Report on vaccination in Madras 1922-1929 - 1922-1929
Year: 1922
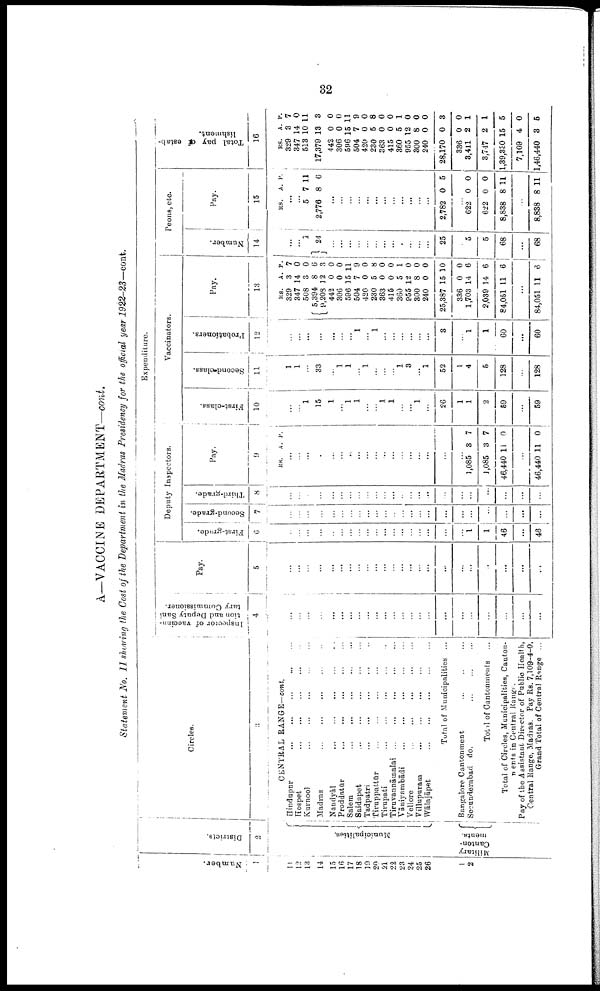
32
A—VACCINE DEPARTMENT—cont.
Statement No. II showing the Cost of the Department in the Madras Presidency for the official year 1922-23—cont.
Number.
1
11
12
13
14
15
16
17
18
19
20
21
22
23
24
25
26
1
2
Districts.
2
Municipalities.
Military
Canton
ments.
Circles.
3
CENTRAL RANGE—cont.
Hindupur ... ... ... ... ... ...
Hospet
...
...
...
...
...
Karnool
...
...
...
...
...
Madras
...
...
...
...
...
Nandyāl ... ... ... ... ...
Proddatūr ... ... ... ... ...
Salem
...
...
...
...
...
Saidapet ... ... ... ... ...
Tadpatri ... ... ... ... ...
Tiruppattūr
...
...
...
...
Tirupati ... ... ... ... ...
Tiravannāmalai ... ... ... ... ...
Vāniyambādi ... ... ... ... ...
Vellore
...
...
...
...
...
Villupuram ... ... ... ... ...
Walajāpet
...
...
...
...
...
Total of Municipalities ...
Bangalore Cantonment ... ... ...
Secunderabad do.
...
...
...
Total of Cantonments ...
Total of Circles, Municipalities, Canton¬
nments in Central Range.
Pay of the Assistant Director of Public Health,
Central Range, Madras. Pay Rs. 7,109-4-0.
Grand Total of Central Range ...
Expenditure.
Inspector of vaccina¬
tion and Deputy Sani¬
tary Commissioner.
4
...
...
...
...
...
...
...
...
...
...
...
...
...
...
...
...
...
...
...
...
...
...
...
Pay.
5
...
...
...
...
...
...
...
...
...
...
...
...
...
...
...
...
...
...
...
...
...
...
...
Deputy Inspectors.
First-grade.
6
...
...
...
...
...
...
...
...
...
...
...
...
...
...
...
...
...
...
1
1
48
...
46
Second-grade.
7
...
...
...
...
...
...
...
...
...
...
...
...
...
...
...
...
...
...
...
...
...
...
Third-grade.
8
...
...
...
...
...
...
...
...
...
...
...
...
..
...
...
...
...
...
...
...
...
...
...
Pay.
9
RS. A. P.
...
...
...
...
...
...
...
...
...
...
...
...
...
...
...
...
...
...
1,085
1,085
46,440
3
3
11
7
7
0
...
46,440 11 0
Vaccinators.
First-class.
10
...
...
1
15
1
...
1
1
...
...
1
1
...
... 1
...
26
1
1
2
59
...
59
Second-class.
11
1
1
...
33
...
1
1
...
1
...
...
...
1
3
...
1
52
1
4
5
128
...
128
Probationers.
12
...
...
...
...
...
...
...
1
...
1
...
...
...
...
...
...
3
...
1
1
60
...
60
Pay.
13
RS.
329
347
508
5,394
9,208
442
306
596
504
420
230
363
415
360
955
300
240
25,387
336
1,703
2,039
84,051
A.
3
14
3
8
12
0
0
15
7
0
5
0
0
5
12
8
0
15
0
14
14
11
P.
7
0
0
6
3
0
0
11
9
0
8
0
0
1
0
0
0
10
0
6
6
6
...
84,051 11 6
Peons, etc.
Number.
14
...
...
1
24
...
...
...
...
...
...
...
...
...
...
...
...
25
...
5
5
68
...
68
Pay.
1 5
RS. A. P.
...
...
5
2,776
7
8
11
6
...
...
...
...
...
...
...
...
...
...
...
...
2,782 0 5
...
622
622
8,838
0
0
8
0
0
11
...
8,838 8 11
Total pay of estab¬
lishment.
16
RS.
329
347
513
17,379
442
306
596
504
420
230
363
415
360
955
800
240
28,170
336
3,411
3,747
1,39,380
7,109
1,46,440
A.
3
14
10
13
0
0
15
7
0
5
0
0
5
12
8
0
0
0
2
2
15
4
3
P.
7
0
11
3
0
0
11
9
0
8
0
0
1
0
0
0
3
0
1
1
5
0
5k